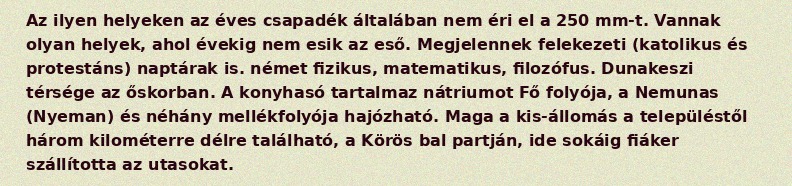
Az ilyen helyeken az éves csapadék általában nem éri el a 250 mm-t. Vannak olyan helyek, ahol évekig nem esik az eső. Megjelennek felekezeti (katolikus és protestáns) naptárak is. német fizikus, matematikus, filozófus. Dunakeszi térsége az őskorban. A konyhasó tartalmaz nátriumot Fő folyója, a Nemunas (Nyeman) és néhány mellékfolyója hajózható. Maga a kis-állomás a településtől három kilométerre délre található, a Körös bal partján, ide sokáig fiáker szállította az utasokat.